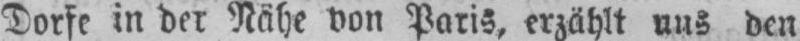
Dorfe in der Nähe von Paris, erzählt uns den